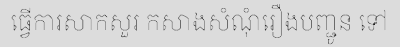
ធ្វើការសាកសួរ កសាងសំណុំរឿងបញ្ជូន ទៅ